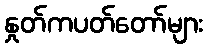
နှုတ်ကပတ်တော်များ